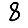
Digit: 8